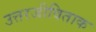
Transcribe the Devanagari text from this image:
उत्तरजीविताक